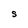
Character: S